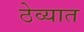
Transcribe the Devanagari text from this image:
ठेव्यात